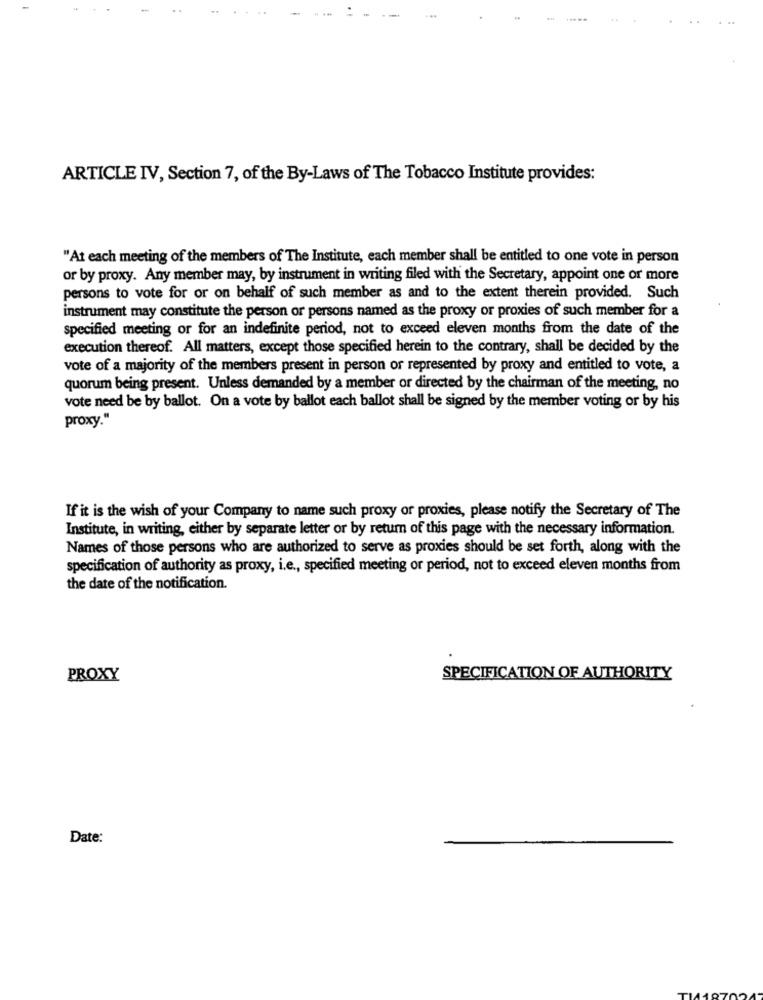
ARTICLE IV, Section 7, of the By-Laws of The Tobacco Institute provides:
"At each meeting of the members of The Institute, each member shall be entitled to one vote in person
or by proxy. Any member may, by instrument in writing filed with the Secretary, appoint one or more
persons to vote for or on behalf of such member as and to the extent therein provided. Such
instrument may constitute the person or persons named as the proxy or proxies of such member for a
specified meeting or for an indefinite period, not to exceed eleven months from the date of the
execution thereof. All matters, except those specified herein to the contrary, shall be decided by the
vote of a majority of the members present in person or represented by proxy and entitled to vote, a
quorum being present. Unless demanded by a member or directed by the chairman of the meeting, no
vote need be by ballot. On a vote by ballot each ballot shall be signed by the member voting or by his
proxy."
If it is the wish of your Company to name such proxy or proxies, please notify the Secretary of The
Institute, in writing, either by separate letter or by return of this page with the necessary information.
Names of those persons who are authorized to serve as proxies should be set forth, along with the
specification of authority as proxy, i.e ., specified meeting or period, not to exceed eleven months from
the date of the notification.
PROXY
SPECIFICATION OF AUTHORITY
Date: